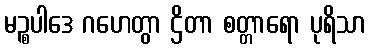
မဉ္စပါဒေ ဂဟေတွာ ဌိတာ စတ္တာရော ပုရိသာ